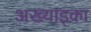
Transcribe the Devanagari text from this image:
अख्याइका